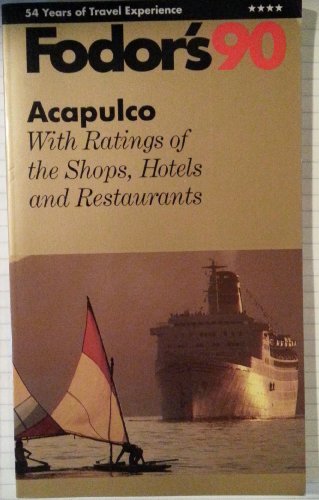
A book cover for Fodor-Acapulco'90; Fodor's; Travel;